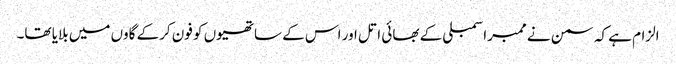
الزام ہے کہ سمن نے ممبراسمبلی کے بھائی اتل اور اس کے ساتھیوں کو فون کرکے گاوں میں بلایا تھا۔